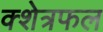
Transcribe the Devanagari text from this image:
क्शेत्रफल